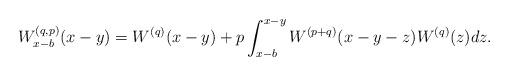
LaTeX: \begin{align*}W_{x-b}^{(q,p)}(x-y)=W^{(q)}(x-y)+p\int_{x-b}^{x-y}W^{(p+q)}(x-y-z)W^{(q)}(z)dz.\end{align*}